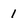
Character: 1